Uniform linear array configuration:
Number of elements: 4
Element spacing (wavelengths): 1
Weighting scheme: hamming
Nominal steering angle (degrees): -60
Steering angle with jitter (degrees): -60.997
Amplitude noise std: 0.05
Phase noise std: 0.05

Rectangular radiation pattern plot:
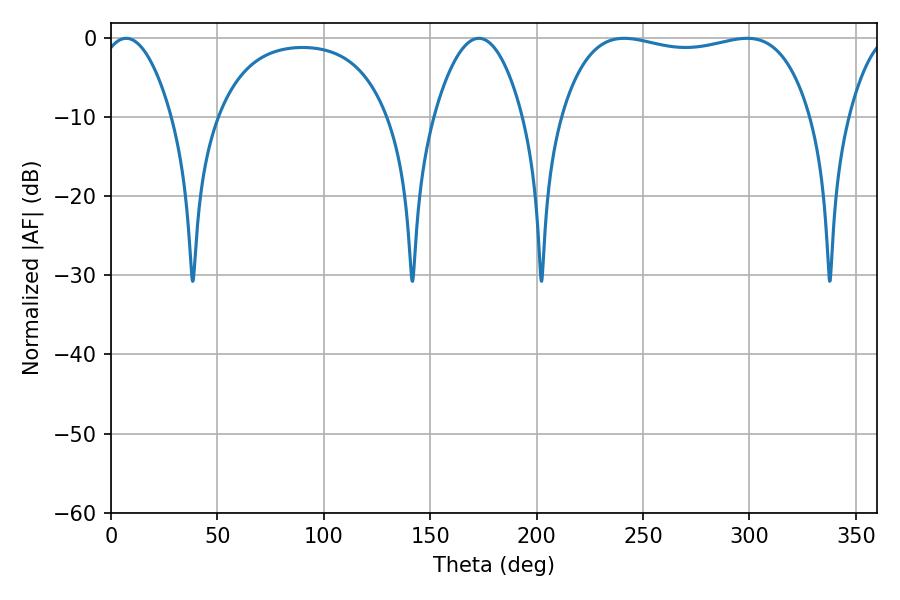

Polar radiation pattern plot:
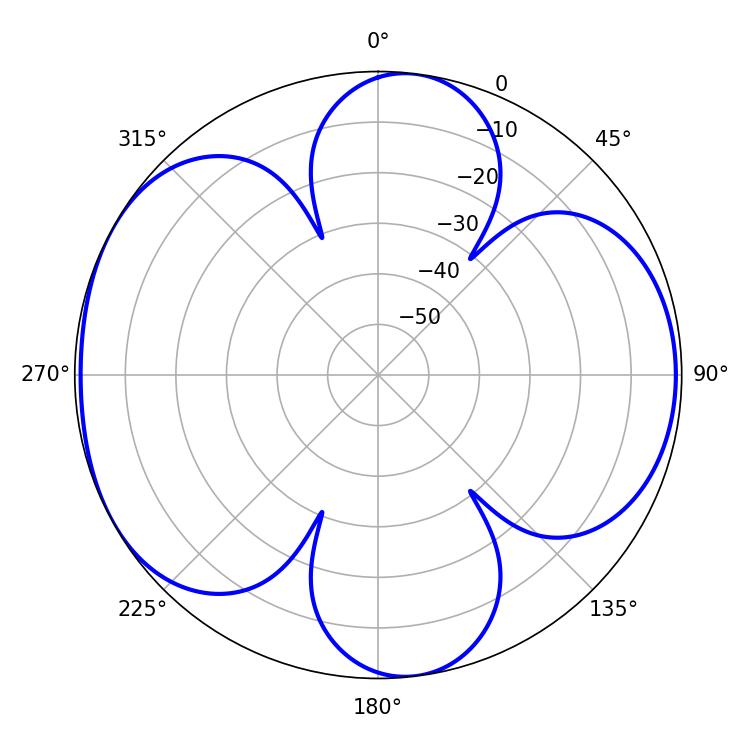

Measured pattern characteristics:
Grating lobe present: TRUE
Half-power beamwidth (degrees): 94.68
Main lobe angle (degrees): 241.2